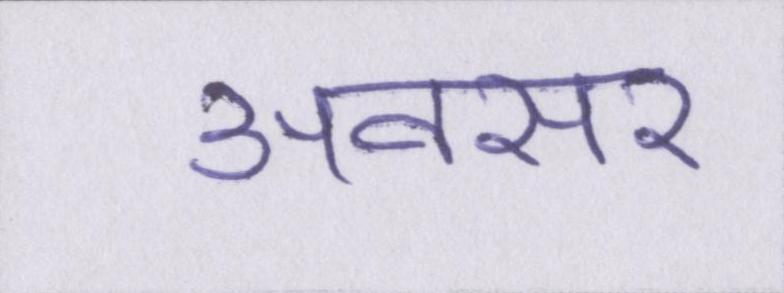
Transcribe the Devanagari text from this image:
अवसर